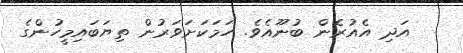
އަދި އެއުރެން ބުނޫއެވެ. ހަމަކަށަވަރުން ތިޔަބައިމީހުންގެ